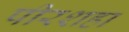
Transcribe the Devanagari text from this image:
पीरशहा